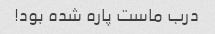
درب ماست پاره شده بود!